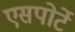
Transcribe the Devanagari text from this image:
एसपोर्टे